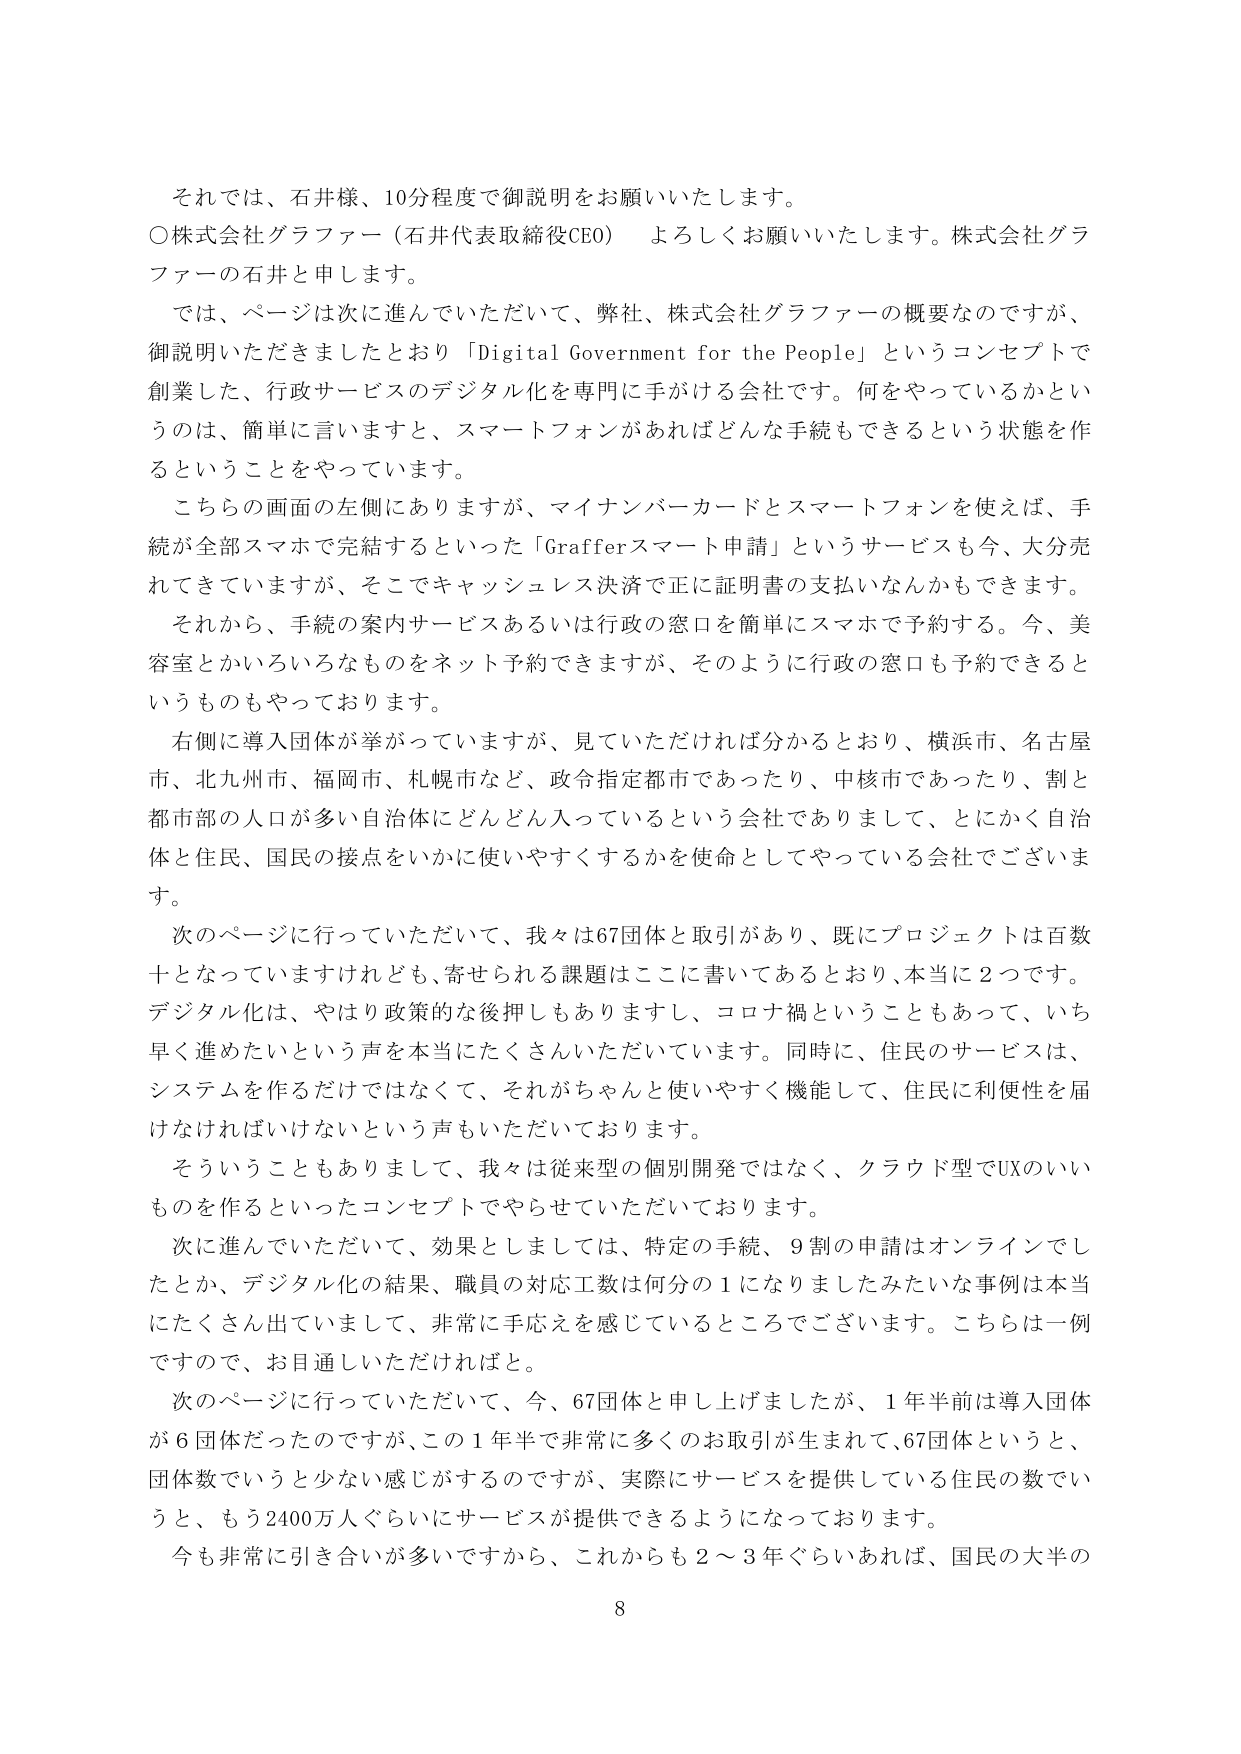
それでは、石井様、10分程度で御説明をお願いいたします。

○株式会社グラファー（石井代表取締役CEO） よろしくお願いいたします。株式会社グラファーの石井と申します。

では、ページは次に進んでいただいて、弊社、株式会社グラファーの概要なのですが、御説明いただきましたとおり「Digital Government for the People」というコンセプトで創業した、行政サービスのデジタル化を専門に手がける会社です。何をやっているかというのは、簡単に言いますと、スマートフォンがあればどんな手続もできるという状態を作ることをやっています。

こちらの画面の左側にありますが、マイナンバーカードとスマートフォンを使えば、手続が全部スマホで完結するといった「Grafferスマート申請」というサービスも今、大分売れてきていますが、そこでキャッシュレス決済で正に証明書の支払いなんかもできます。

それから、手続の案内サービスあるいは行政の窓口を簡単にスマホで予約する。今、美容室とかいろいろなものをネット予約できますが、そのように行政の窓口も予約できるというものもやっております。

右側に導入団体が挙がっていますが、見ていただければ分かるとおり、横浜市、名古屋市、北九州市、福岡市、札幌市など、政令指定都市であったり、中核市であったり、割と都市部の人口が多い自治体にどんどん入っているという会社でありまして、とにかく自治体と住民、国民の接点をいかに使いやすくするかを使命としてやっている会社でございます。

次のページに行っていただいて、我々は67団体と取引があり、既にプロジェクトは百数十となっていますけれども、寄せられる課題はここに書いてあるとおり、本当に2つです。デジタル化は、やはり政策的な後押しもありますし、コロナ禍ということもあって、いち早く進めたいという声を本当にたくさんいただいています。同時に、住民のサービスは、システムを作るだけではなくて、それがちゃんと使いやすく機能して、住民に利便性を届けなければいけないという声もいただいております。

そういうこともありまして、我々は従来型の個別開発ではなく、クラウド型でUXのいいものを作るといったコンセプトでやらせていただいております。

次に進んでいただいて、効果としましては、特定の手続、9割の申請はオンラインでしたとか、デジタル化の結果、職員の対応工数は何分の1になりましたみたいな事例は本当にたくさん出ていまして、非常に手応えを感じているところでございます。こちらは一例ですので、お目通しいただければと。

次のページに行っていただいて、今、67団体と申し上げましたが、1年半前は導入団体が6団体だったのですが、この1年半で非常に多くのお取引が生まれて、67団体というと、団体数でいうと少ない感じがするのですが、実際にサービスを提供している住民の数でいうと、もう2400万人ぐらいにサービスが提供できるようになっております。

今も非常に引き合いが多いですから、これからも2～3年ぐらいあれば、国民の大半の

8